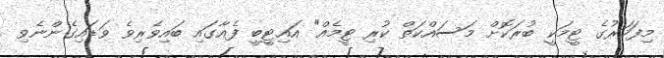
މިފަހަރުގެ ޓީމަކީ ބުރަކޮށް މަސައްކަތް ކުރި ޓީމެއް" އައިޓީބީ ފެއާގައި ބައިވެރިވެ ވަޑައިގެންނެވި